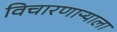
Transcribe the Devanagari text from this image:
विचारणाऱ्याला